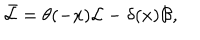
LaTeX: \bar { \mathcal { L } } = \theta ( - x ) \mathcal { L } - \delta ( x ) \mathcal { B } ,